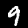
Label: 9